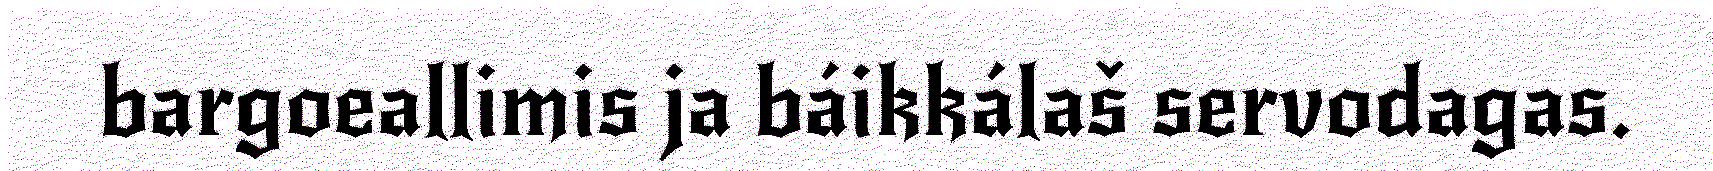
bargoeallimis ja báikkálaš servodagas.